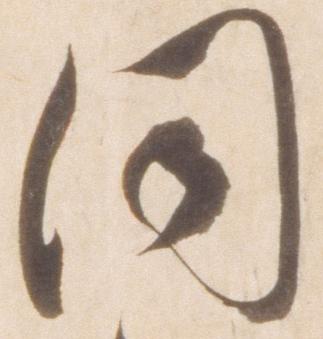
同